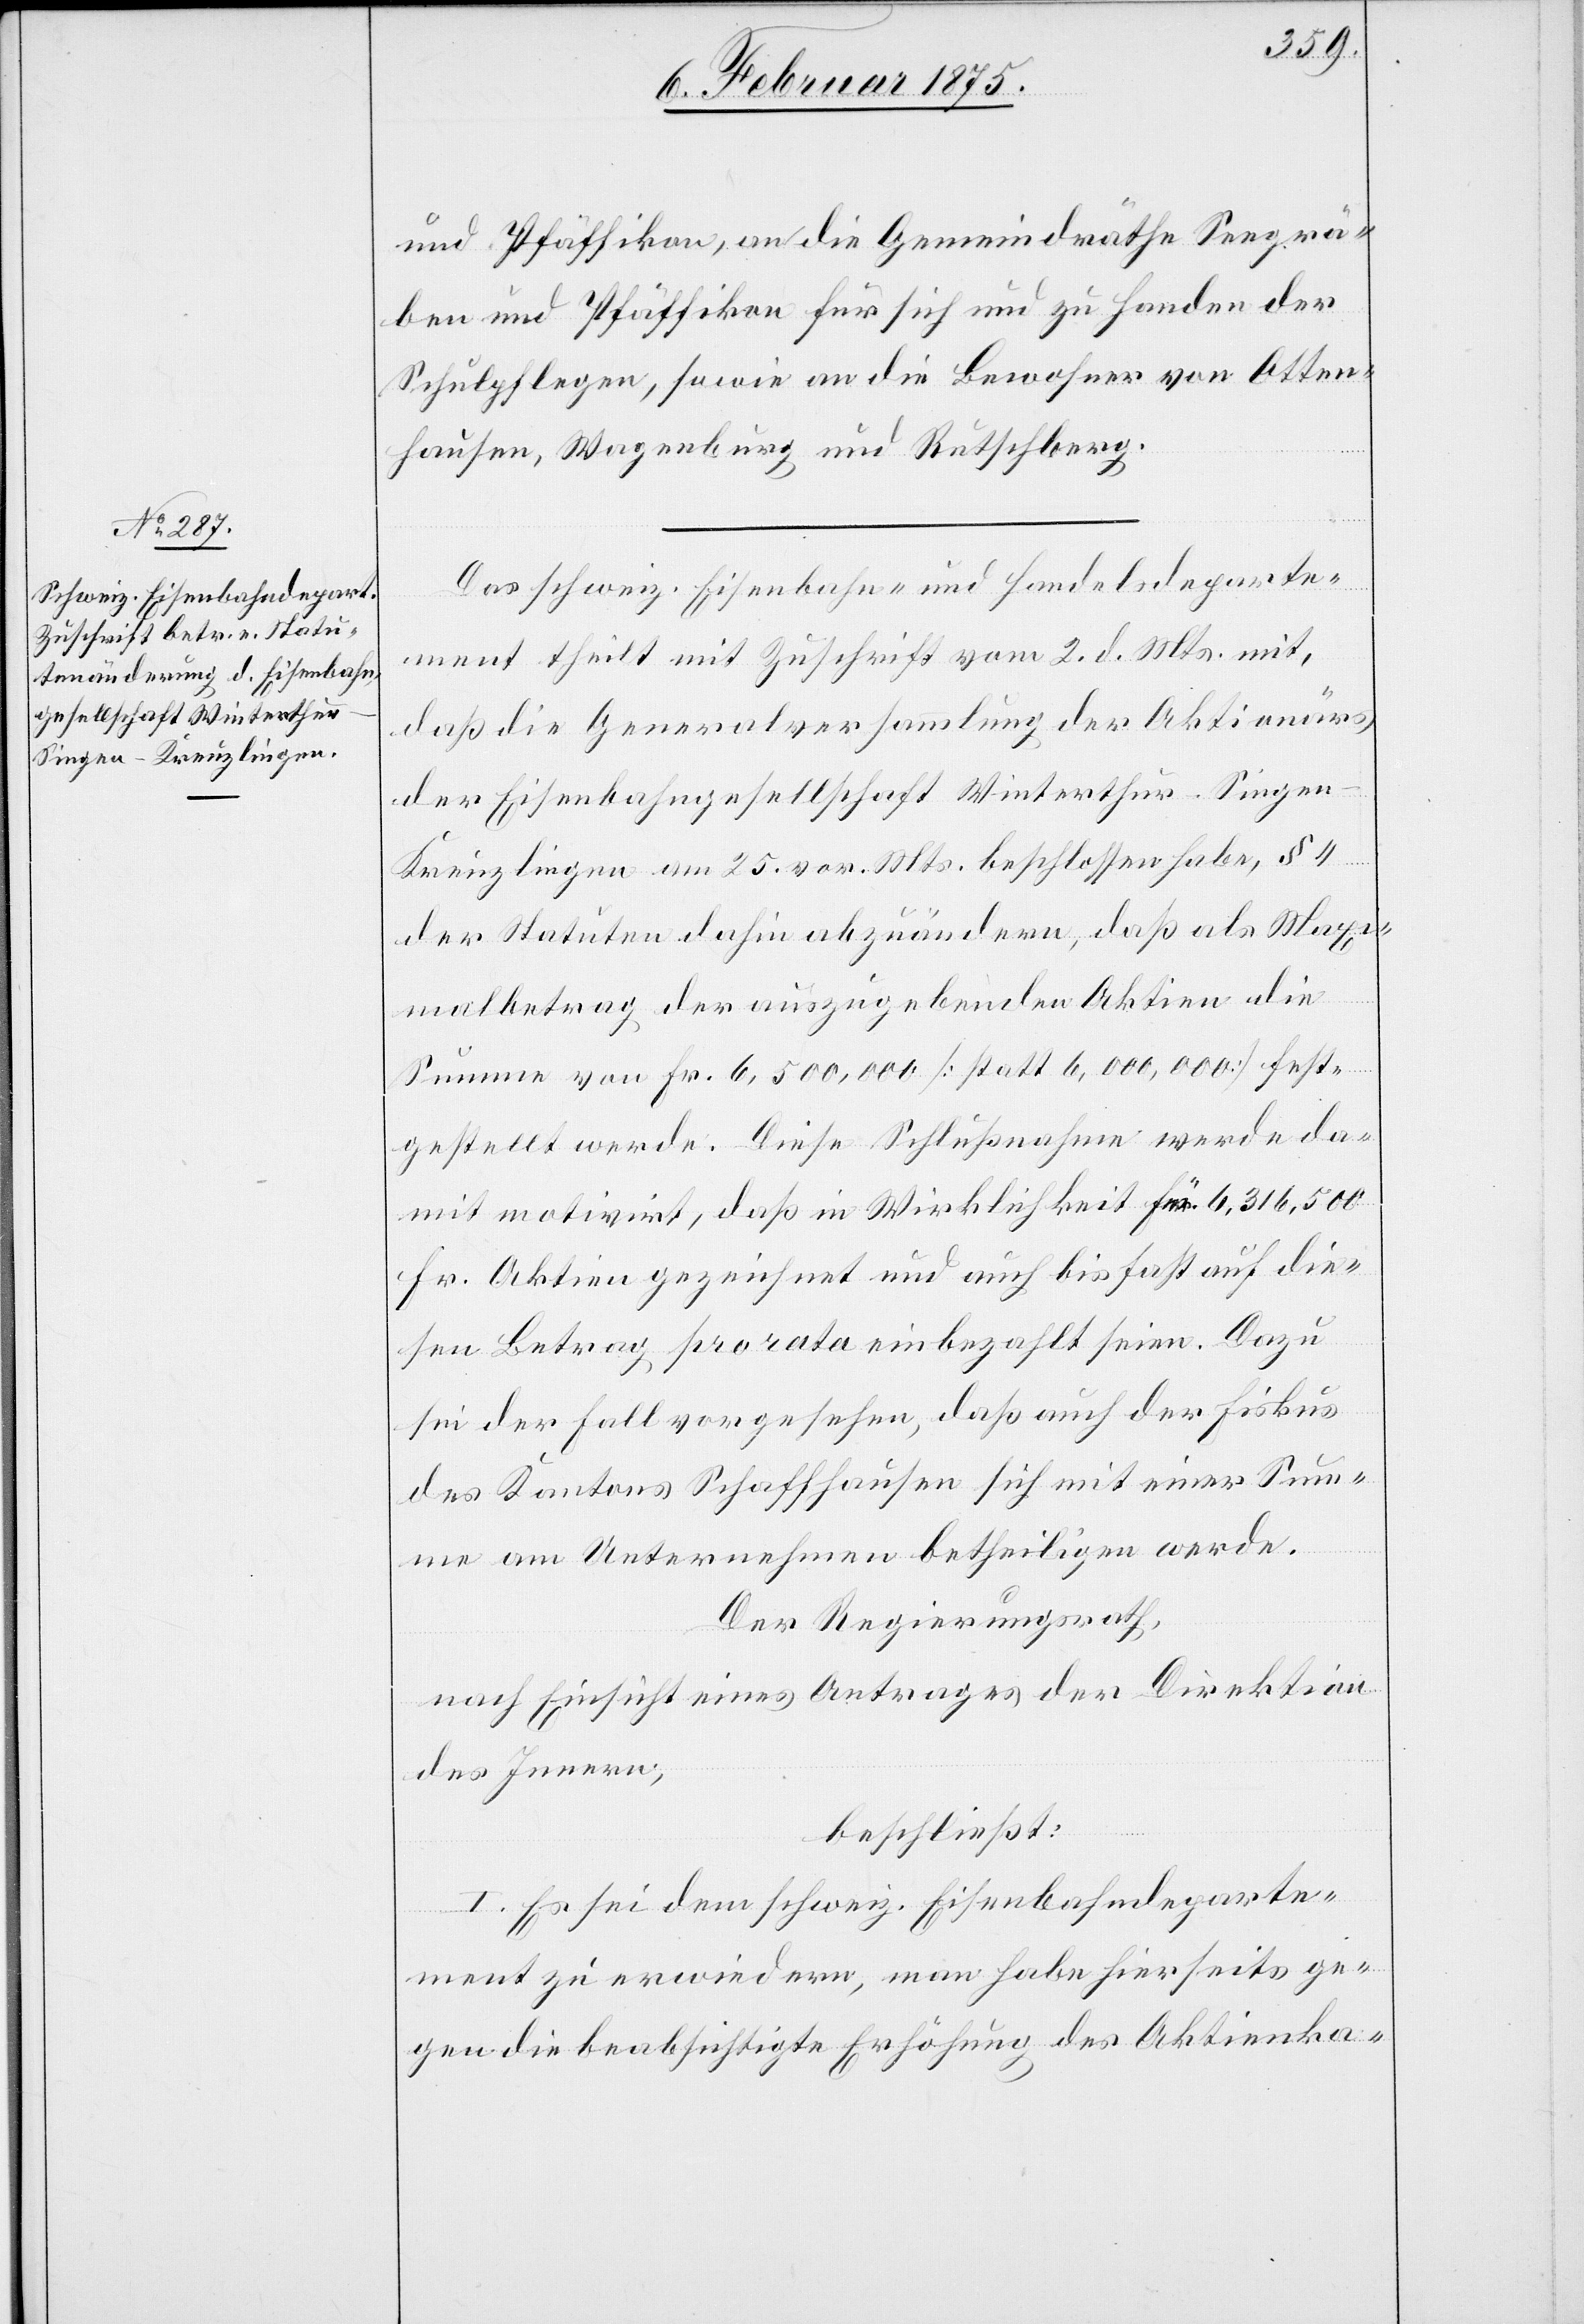
und Pfäffikon, an die Gemeindräthe Seegrä¬
ben und Pfäffikon für sich und zu Handen der
Schulpflegen, sowie an die Bewohner von Otten¬
hausen, Wagenburg und Rutschberg.
Das schweiz. Eisenbahn- und Handelsdeparte¬
ment theilt mit Zuschrift vom 2. d. Mts. mit,
daß die Generalversammlung der Aktionärs
der Eisenbahngesellschaft Winterthur–Singe¬
n–Kreuzlingen am 25. vor. Mts. beschlossen habe, § 4
der Statuten dahin abzuändern, daß als Max¬
imalbetrag der auszugebenden Aktien die
Summe von Fr. 6,500,000 (statt 6,000,000) fest¬
gestellt werde. Diese Schlußnahme werde da¬
mit motivirt, daß in Wirklichkeit für 6,316,500
Fr. Aktien gezeichnet und auch bis fast auf die¬
sen Betrag pro rata einbezahlt seien. Dazu
sei der Fall vorgesehen, daß auch der Fiskus
des Kantons Schaffhausen sich mit einer Sum¬
me am Unternehmen betheiligen werde.
Der Regierungsrath,
nach Einsicht eines Antrages der Direktion
des Innern,
beschließt:
I. Es sei dem schweiz. Eisenbahndeparte¬
ment zu erwiedern, man habe hierseits ge¬
gen die beabsichtigte Erhöhung des Aktienka-